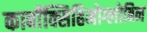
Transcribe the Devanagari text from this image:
कार्बॉक्सिहिमोग्लोबिन